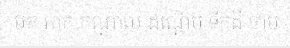
មក ភាគ កណ្តាល ដណ្តើម ទឹកដី ចាម